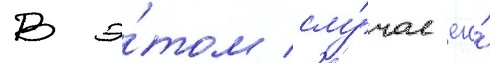
В э́том слу́чае его́